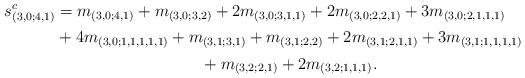
LaTeX: \begin{gather*}s^c_{(3,0;4,1)}=m_{(3,0;4,1)}+m_{(3,0;3,2)}+2 m_{(3,0;3,1,1)}+2 m_{(3,0;2,2,1)}+3m_{(3,0;2,1,1,1)}\\\phantom{s^c_{(3,0;4,1)}=}{}+4m_{(3,0;1,1,1,1,1)}+m_{(3,1;3,1)}+m_{(3,1;2,2)}+2 m_{(3,1;2,1,1)}+3 m_{(3,1;1,1,1,1)}\\\phantom{s^c_{(3,0;4,1)}=}{}+m_{(3,2;2,1)}+2 m_{(3,2;1,1,1)}.\end{gather*}